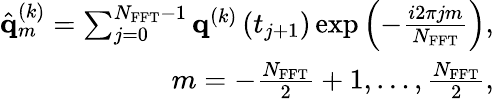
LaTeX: \begin{array}{r}{\hat{{\mathbf{q}}}_{m}^{\left(k\right)}=\sum_{j=0}^{N_{\mathrm{FFT}}-1}{\mathbf{q}}^{\left(k\right)}\left(t_{j+1}\right)\exp\left(-\frac{i2\pi jm}{N_{\mathrm{FFT}}}\right),}\\ {m=-\frac{N_{\mathrm{FFT}}}{2}+1,\dots,\frac{N_{\mathrm{FFT}}}{2},}\end{array}